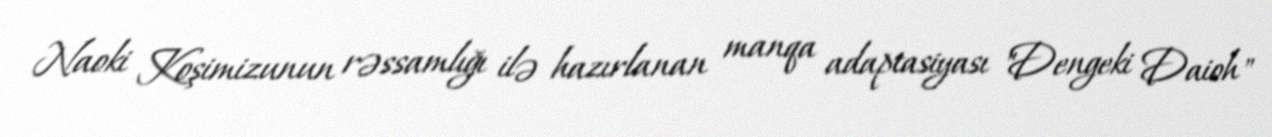
Naoki Koşimizunun rəssamlığı ilə hazırlanan manqa adaptasiyası "Dengeki Daioh"